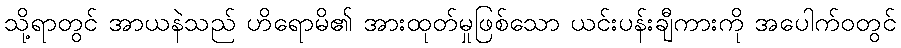
သို့ရာတွင် အာယနဲသည် ဟိရောမိ၏ အားထုတ်မှုဖြစ်သော ယင်းပန်းချီကားကို အပေါက်ဝတွင်